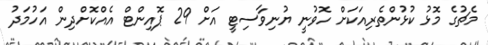
މެޗުގެ މޮޅު ކުޅުންތެރިއަކަށް ހޮވުނީ ޔުނިވާސިޓީ އަށް 29 ޕޮއިންޓް އެއްކޮށްދިން އަހުމަދު